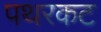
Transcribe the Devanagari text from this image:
पथरकट